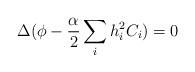
LaTeX: \begin{align*}\Delta (\phi -\frac{\alpha}{2}\sum _{i} h^{2}_{i}C_{i}) = 0 \end{align*}